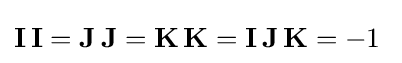
{\textbf {I}}\,{\textbf {I}}={\textbf {J}}\,{\textbf {J}}={\textbf {K}}\,{\textbf {K}}={\textbf {I}}\,{\textbf {J}}\,{\textbf {K}}=-1\;